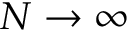
N \to \infty